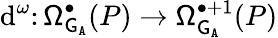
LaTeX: \mathrm{d}^{\omega}\colon\mathsf{\Omega}_{{\mathsf{G}}_{\mathtt{A}}}^{\bullet}(P)\rightarrow\mathsf{\Omega}_{{\mathsf{G}}_{\mathtt{A}}}^{\bullet+1}(P)